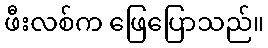
ဖီးလစ်က ဖြေပြောသည်။